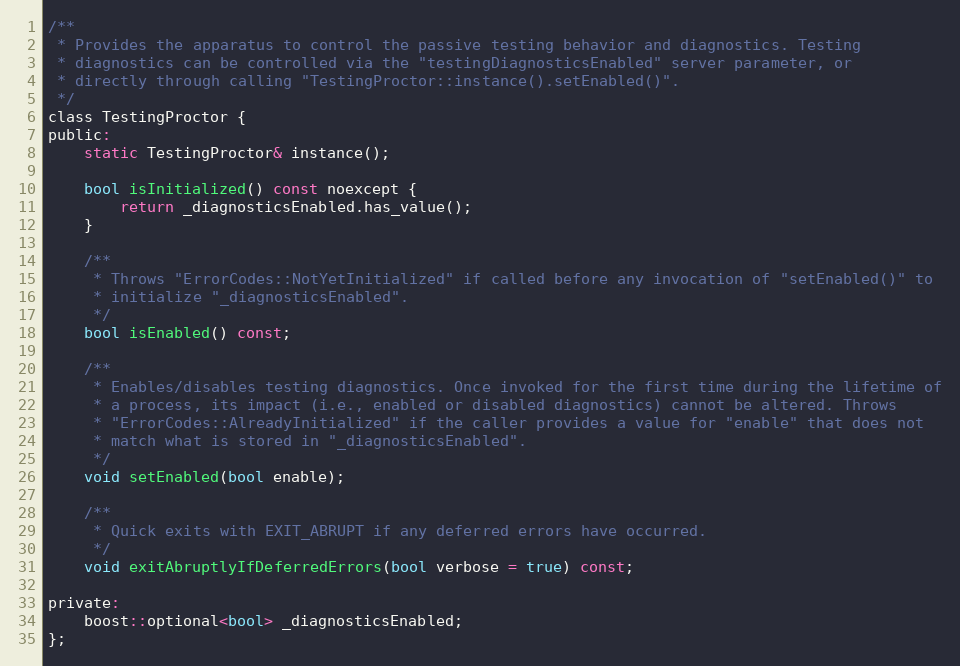
Language: C
/**
 * Provides the apparatus to control the passive testing behavior and diagnostics. Testing
 * diagnostics can be controlled via the "testingDiagnosticsEnabled" server parameter, or
 * directly through calling "TestingProctor::instance().setEnabled()".
 */
class TestingProctor {
public:
    static TestingProctor& instance();

    bool isInitialized() const noexcept {
        return _diagnosticsEnabled.has_value();
    }

    /**
     * Throws "ErrorCodes::NotYetInitialized" if called before any invocation of "setEnabled()" to
     * initialize "_diagnosticsEnabled".
     */
    bool isEnabled() const;

    /**
     * Enables/disables testing diagnostics. Once invoked for the first time during the lifetime of
     * a process, its impact (i.e., enabled or disabled diagnostics) cannot be altered. Throws
     * "ErrorCodes::AlreadyInitialized" if the caller provides a value for "enable" that does not
     * match what is stored in "_diagnosticsEnabled".
     */
    void setEnabled(bool enable);

    /**
     * Quick exits with EXIT_ABRUPT if any deferred errors have occurred.
     */
    void exitAbruptlyIfDeferredErrors(bool verbose = true) const;

private:
    boost::optional<bool> _diagnosticsEnabled;
};